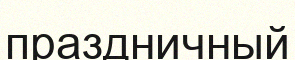
праздничный